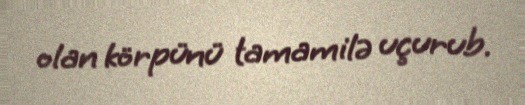
olan körpünü tamamilə uçurub.